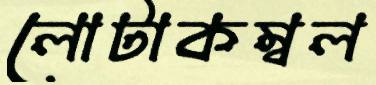
লোটাকম্বল